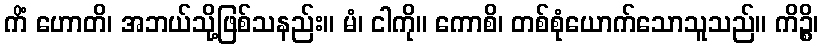
ကိံ ဟောတိ၊ အဘယ်သို့ဖြစ်သနည်း။ မံ၊ ငါကို။ ကောစိ၊ တစ်စုံယောက်သောသူသည်။ ကိဉ္စိ၊